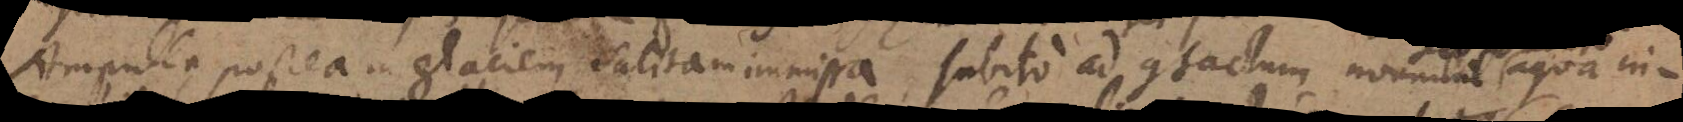
Ampulla postea in glaciem salitam immissa, subito ad contactum nonnihil aqua in-